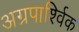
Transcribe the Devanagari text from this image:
अग्रपार्श्विक